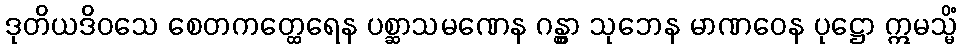
ဒုတိယဒိဝသေ စေတကတ္ထေရေန ပစ္ဆာသမဏေန ဂန္တွာ သုဘေန မာဏဝေန ပုဋ္ဌော ဣမသ္မိံ